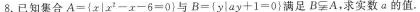
8.已知集合$$A=\{x|x^{2}-6=0\}$$与$$B=\{y|ay+1=0\}$$满足$$B\subsetneqq A$$，求实数a的值。